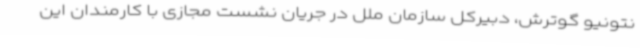
نتونیو گوترش، دبیرکل سازمان ملل در جریان نشست مجازی با کارمندان این